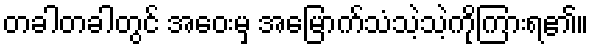
တခါတခါတွင် အဝေးမှ အမြောက်သံသဲ့သဲ့ကိုကြားရ၏။